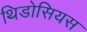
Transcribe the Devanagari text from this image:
थिडोसियस